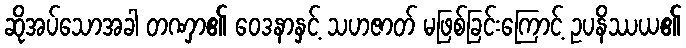
ဆိုအပ်သောအခါ တဏှာ၏ ဝေဒနာနှင့် သဟဇာတ် မဖြစ်ခြင်းကြောင့် ဥပနိဿယ၏